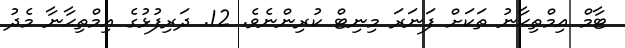
ޓާމް އިމްތިޙާނު ތަކަށް ފަނަރަ މިނިޓް ކުރިންނެވެ. 12. ދަރިފުޅުގެ އިމްތިޙާނާ މެދު